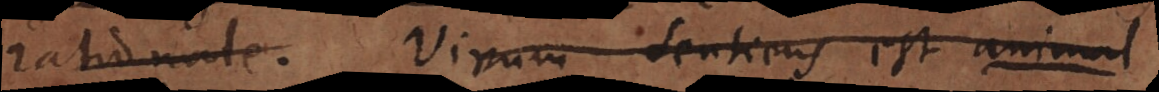
rationale. Vivum sentiens est animal